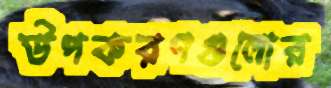
উপকরণগুলোর